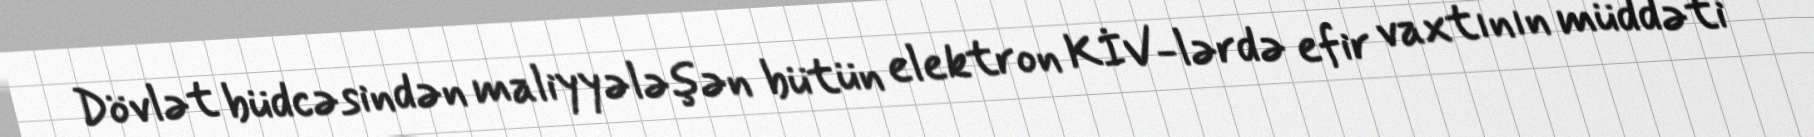
Dövlət büdcəsindən maliyyələşən bütün elektron KİV-lərdə efir vaxtının müddəti